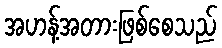
အဟန့်အတားဖြစ်စေသည်